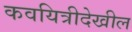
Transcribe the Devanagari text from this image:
कवयित्रीदेखील